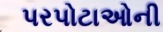
પરપોટાઓની